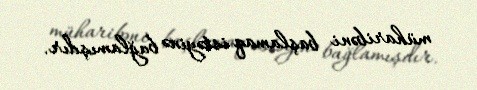
müharibəni başlamaq istəyinə bağlamışdır.